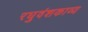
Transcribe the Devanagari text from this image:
रघुवंशकाव्य